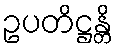
ဥပတိဋ္ဌန္တိ